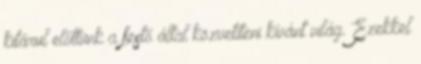
kitárul előttünk a festő által közvetíteni kívánt világ. Ezekkel